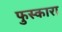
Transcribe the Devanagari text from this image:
फुस्कारा